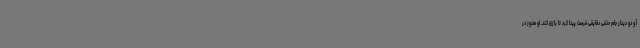
آ و دو دیدار جام حذفی دقایقی فرصت پیدا کرد تا بازی کند. او هنوز در